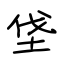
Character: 垡